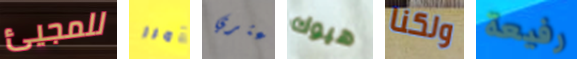
للمجيئ أمرر أعثري هيوك ولكنا رفيعة